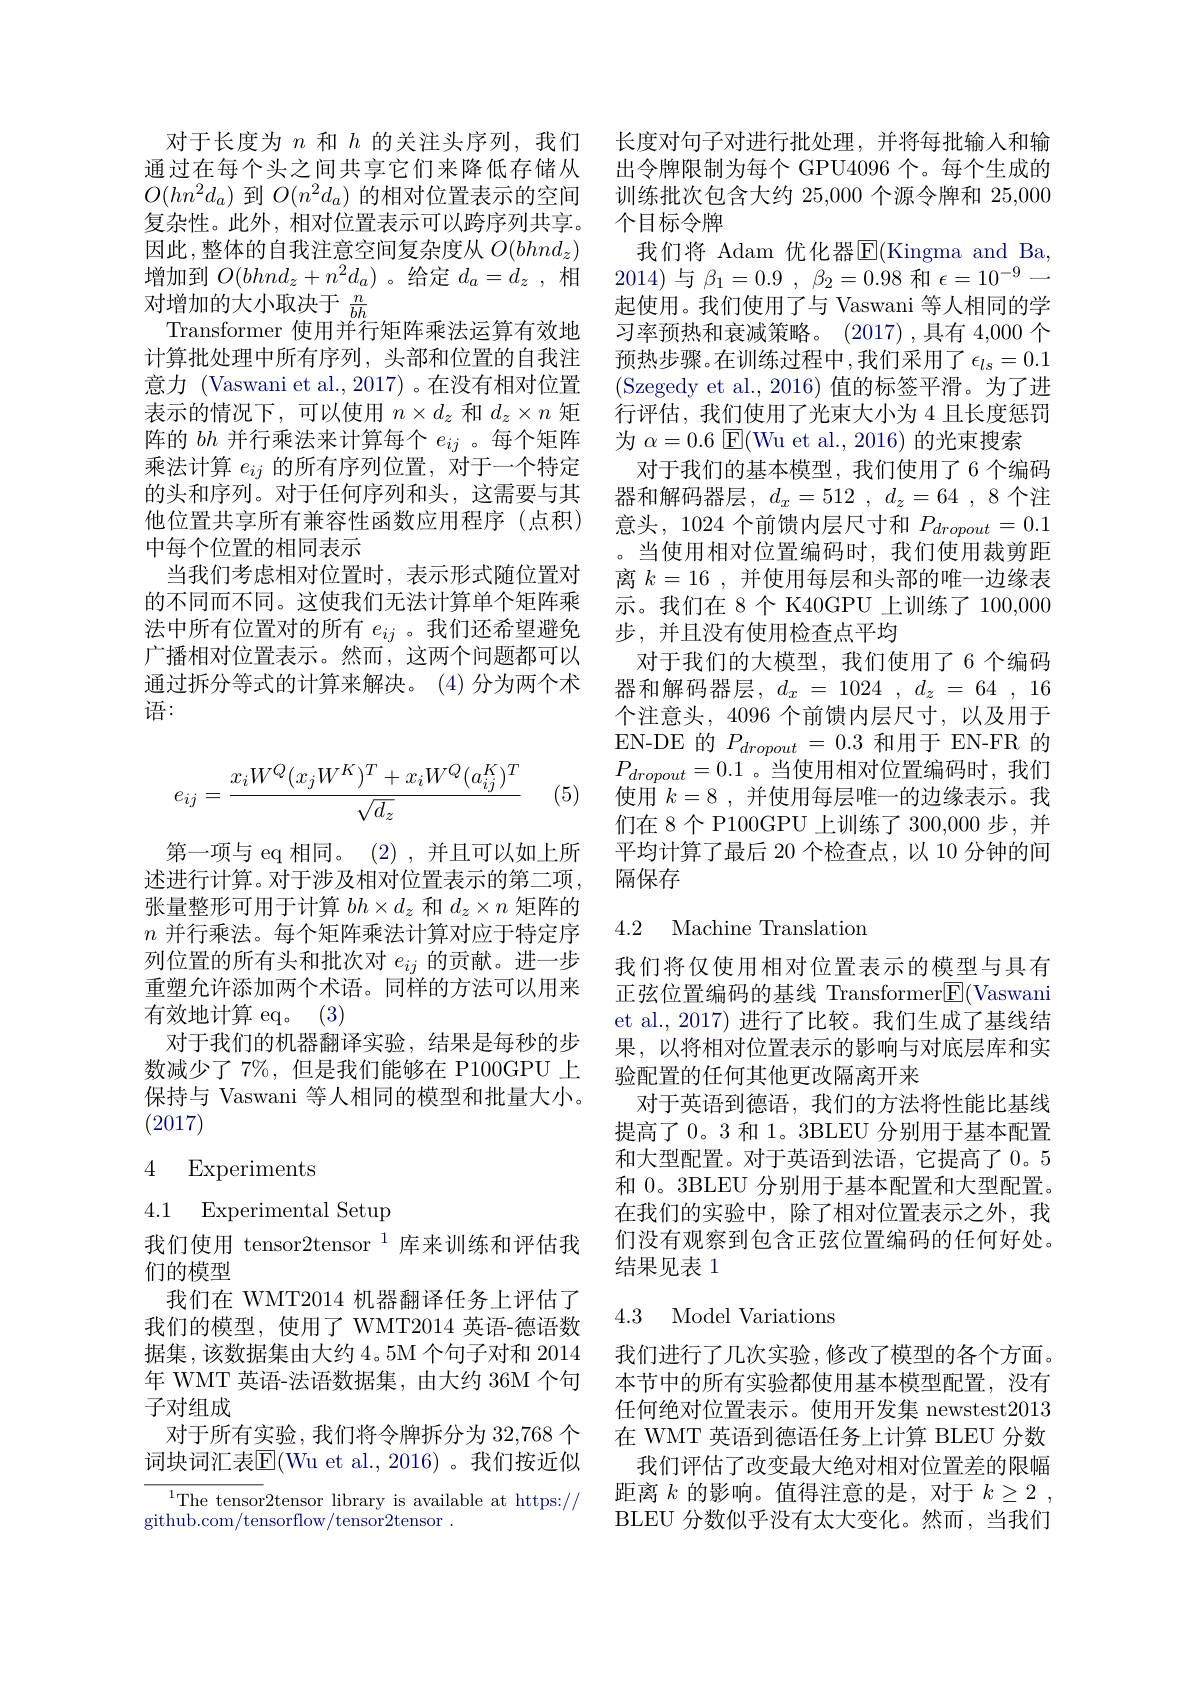
对于长度为$n$和$h$的关注头序列，我们 长度对句子对进行批处理，并将每批输入和输通过在每个头之间共享它们来降低存储从 出令牌限制为每个 GPU4096 个。每个生成的$O(hn^2d_a)$到$O(n^2d_a)$的相对位置表示的空间 训练批次包含大约 25,000 个源令牌和 25,000复杂性。此外，相对位置表示可以跨序列共享。个目标令牌
因此，整体的自我注意空间复杂度从$O(bhnd_z)$ 增加到$O(bhnd_z+n^2d_a)$ 。给定$d_a=d_z$,相对增加的大小取决于$\frac{n}{bh}$
Transformer 使用并行矩阵乘法运算有效地计算批处理中所有序列，头部和位置的自我注意力 (Vaswani et al.,2017)。在没有相对位置表示的情况下，可以使用$n\times d_z$和$d_z\times n$矩阵的$bh$并行乘法来计算每个$e_ij$ 。每个矩阵乘法计算$e_{ij}$的所有序列位置，对于一个特定的头和序列。对于任何序列和头，这需要与其他位置共享所有兼容性函数应用程序(点积) 中每个位置的相同表示
当我们考虑相对位置时，表示形式随位置对的不同而不同。这使我们无法计算单个矩阵乘法中所有位置对的所有$e_{ij}$ 。我们还希望避免广播相对位置表示。然而，这两个问题都可以通过拆分等式的计算来解决。(4)分为两个术语：
$$e_{ij}=\frac{x_iW^Q(x_jW^K)^T+x_iW^Q(a_{ij}^K)^T}{\sqrt{d_z}}$$
(5)

第一项与 eq 相同。(2),并且可以如上所述进行计算。对于涉及相对位置表示的第二项， 张量整形可用于计算$bh\times d_z$和$d_z\times n$矩阵的$n$并行乘法。每个矩阵乘法计算对应于特定序列位置的所有头和批次对$e_{ij}$的贡献。进一步重塑允许添加两个术语。同样的方法可以用来有效地计算 eq。(3)
对于我们的机器翻译实验，结果是每秒的步数减少了 7%,但是我们能够在 P100GPU 上保持与 Vaswani 等人相同的模型和批量大小。(2017)

## 4 Experiments

4.1 Experimental Setup
我们使用 tensor$2\text{tensor}^{1}$库来训练和评估我
们的模型
我们在 WMT2014 机器翻译任务上评估了我们的模型，使用了 WMT2014 英语-德语数据集，该数据集由大约 4。5M 个句子对和 2014年 WMT 英语-法语数据集，由大约 36M 个句子对组成
对于所有实验，我们将令牌拆分为 32,768 个词块词汇表$\overline{\mathrm{E}}($Wu et al., 2016) 。我们按近似

${\overline{{^1}\text{The tensor}}2\text{tensor library is available at https://}}$
github. com/ tensorflow/ tensor2tensor.

我们将 Adam 优化器E(Kingma and Ba, 2014)与$\beta_1=0.9,\beta_2=0.98$和$\epsilon=10^-9$一起使用。我们使用了与 Vaswani 等人相同的学习率预热和衰减策略。(2017),具有 4,000 个预热步骤。在训练过程中，我们采用了$\epsilon_ls=0.1$ (Szegedy et al.,2016)值的标签平滑。为了进行评估，我们使用了光束大小为 4 且长度惩罚为$\alpha=0.6$ E(Wu et al., 2016) 的光束搜索
对于我们的基本模型，我们使用了 6 个编码器和解码器层$,d_x=512,d_z=64,8$个注意头，1024 个前馈内层尺寸和$P_dropout=0.1$ 。当使用相对位置编码时，我们使用裁剪距离$k=16$,并使用每层和头部的唯一边缘表示。我们在 8个 K40GPU 上训练了 100,000步，并且没有使用检查点平均
对于我们的大模型，我们使用了6个编码器和解码器层，$d_x=1024,d_z=64,16$ 个注意头，4096 个前馈内层尺寸，以及用于EN- DE的$P_dropout=0.3$和用于EN-FR的$P_{dropout}=0.1$。当使用相对位置编码时，我们使用$\begin{array}{c}k=8&,\\\end{array}$并使用每层唯一的边缘表示。我们在8个P100GPU 上训练了300，000 步，并平均计算了最后 20 个检查点，以 10 分钟的间隔保存

## 4.2 Machine Translation

我们将仅使用相对位置表示的模型与具有正弦位置编码的基线 Transformer$\overline{\mathrm{E}}($Vaswani et al., 2017) 进行了比较。我们生成了基线结果，以将相对位置表示的影响与对底层库和实验配置的任何其他更改隔离开来
对于英语到德语，我们的方法将性能比基线提高了 0。3 和 1。3BLEU 分别用于基本配置和大型配置。对于英语到法语，它提高了0。5和 0。3BLEU 分别用于基本配置和大型配置。在我们的实验中，除了相对位置表示之外，我们没有观察到包含正弦位置编码的任何好处。结果见表 1

# 4.3 Model Variations

我们进行了几次实验，修改了模型的各个方面。本节中的所有实验都使用基本模型配置，没有任何绝对位置表示。使用开发集 newstest2013在 WMT 英语到德语任务上计算 BLEU 分数我们评估了改变最大绝对相对位置差的限幅
距离$k$的影响。值得注意的是，对于$k\geq 2$ , BLEU 分数似乎没有太大变化。然而，当我们